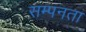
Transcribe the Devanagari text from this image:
सम्पनता